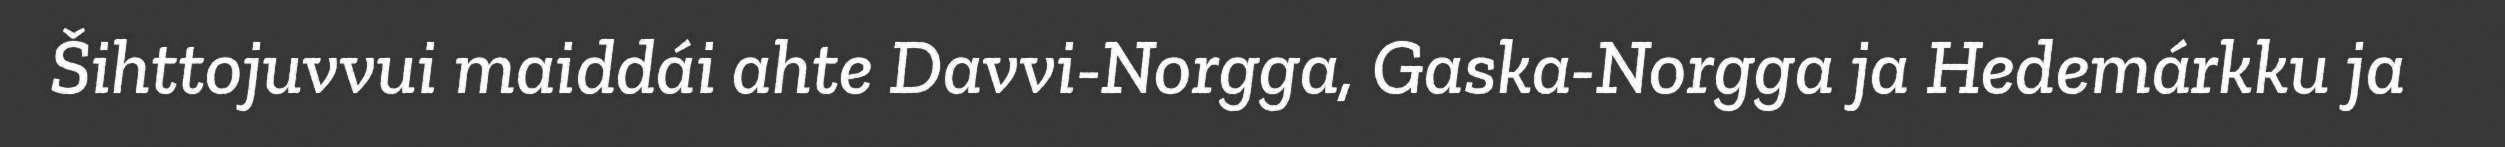
Šihttojuvvui maiddái ahte Davvi-Norgga, Gaska-Norgga ja Hedemárkku ja